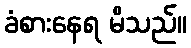
ခံစားနေရ မိသည်။